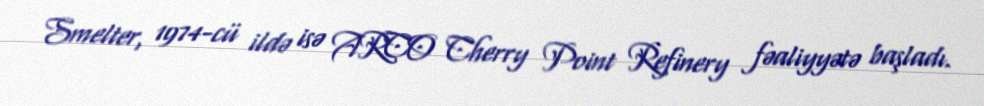
Smelter, 1974-cü ildə isə ARCO Cherry Point Refinery fəaliyyətə başladı.